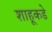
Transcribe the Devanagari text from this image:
शाहूकडे